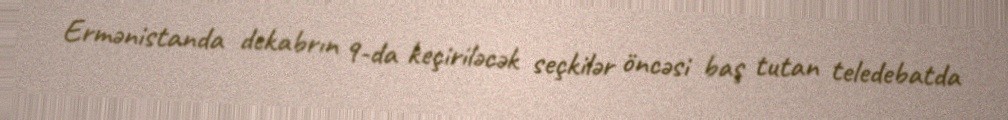
Ermənistanda dekabrın 9-da keçiriləcək seçkilər öncəsi baş tutan teledebatda